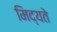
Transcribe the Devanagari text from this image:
मिद्यते